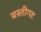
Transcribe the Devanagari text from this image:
वस्तीगट